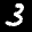
Label: 3